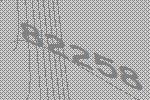
82258